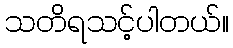
သတိရသင့်ပါတယ်။